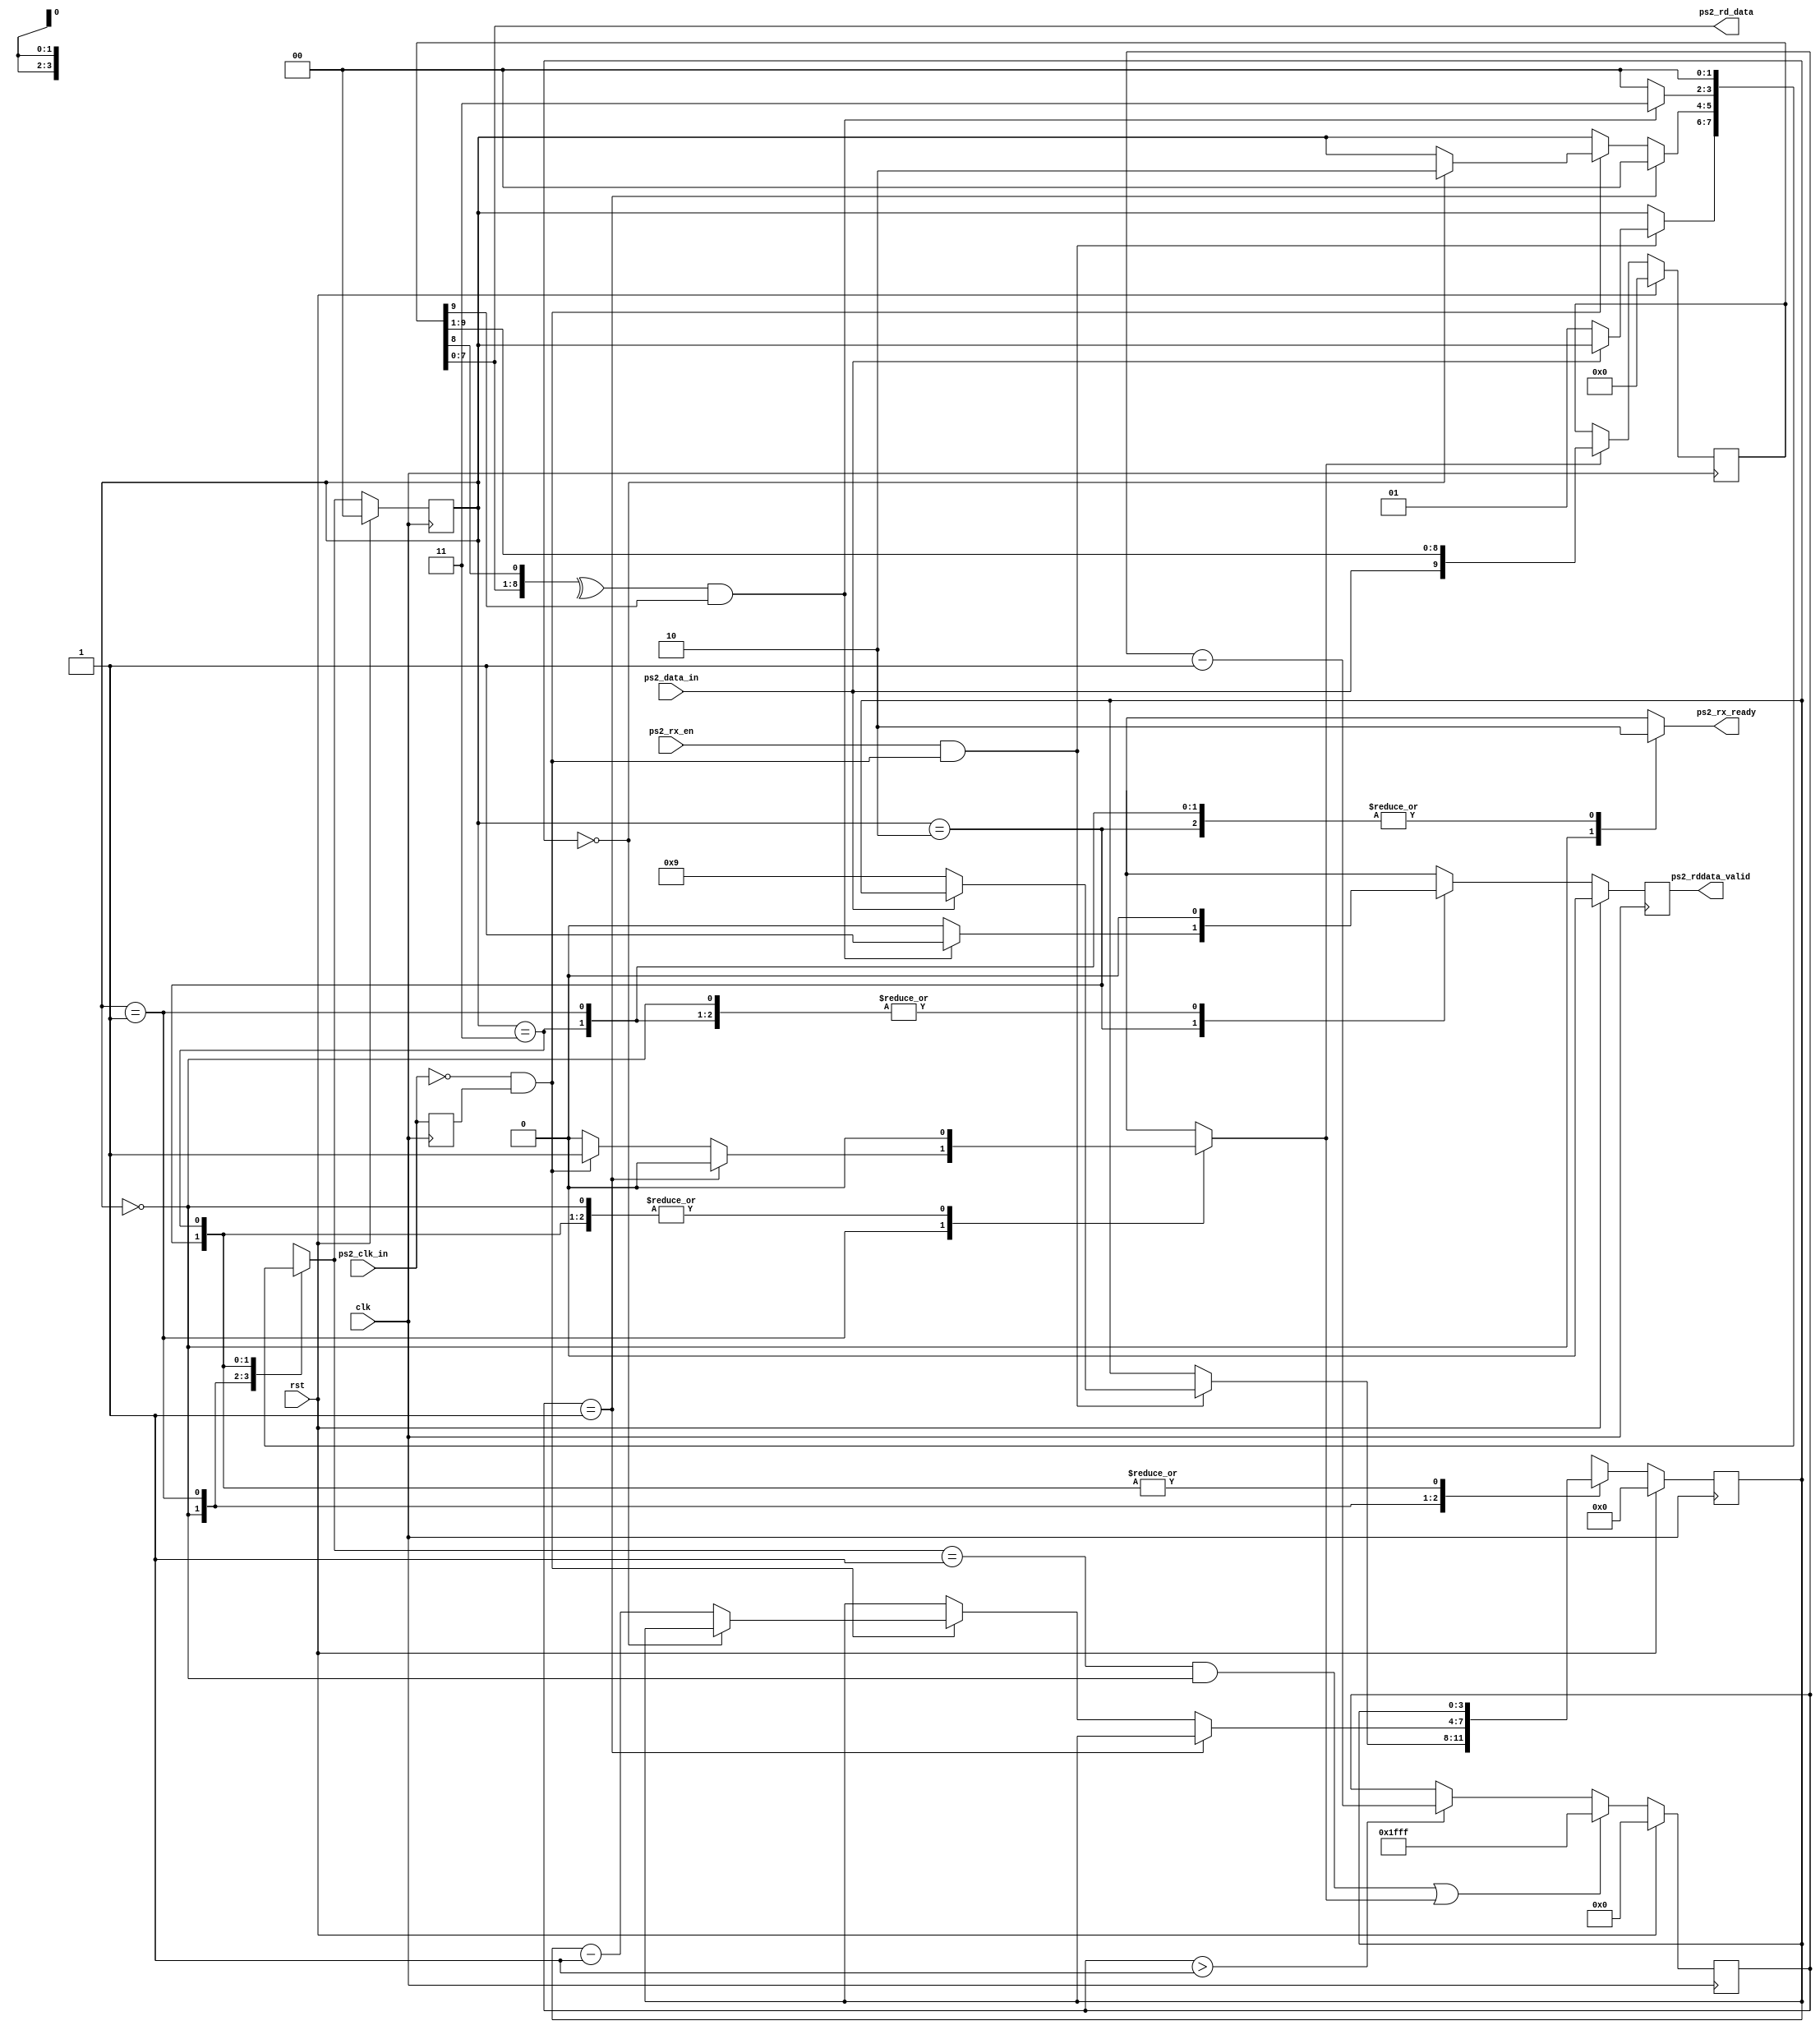
module ps2_host_rx (
   // clock and reset    
   input        clk,
   input        rst,
   // PS/2 interface 
   input        ps2_clk_in,
   input        ps2_data_in,
   // Processor interface 
   input        ps2_rx_en,
   output reg   ps2_rddata_valid,
   output [7:0] ps2_rd_data, 
   output reg   ps2_rx_ready   
);

localparam IDLE = 2'b00, 
           DATA = 2'b01,
           CHECK = 2'b10,
           DONE = 2'b11;


reg   ps2_clk_in_1d,  shift_bits_in ;
reg   [9:0] data_in ; 
reg   [3:0] shift_bits_cnt, shift_bits_cnt_nxt;
reg   [12:0]  ps2_clk_cnt ; 
reg   ps2_rd_data_err, ps2_rd_data_err_nxt, ps2_rx_done,  ps2_rx_done_nxt,  ps2_rddata_valid_nxt; 
reg   [1:0] state_r = IDLE , state_nxt;  

wire  ps2_clk_nep; 
wire  ps2_rd_data_par, ps2_rd_bit_stop ;  
wire  ps2_clk_in_expire ; 

// synthesis attribute keep of state_r is "true" 
// synthesis attribute keep of ps2_clk_nep is "true" 
// synthesis attribute keep of state_r is "true" 
// synthesis attribute keep of state_nxt is "true" 



always @( posedge clk ) begin
   ps2_clk_in_1d <= ps2_clk_in ; 
end

assign   ps2_clk_nep  = ( ~ps2_clk_in ) & ps2_clk_in_1d ;  

assign   ps2_rd_data     = data_in[7:0] ; 
assign   ps2_rd_data_par = data_in[8] ; 
assign   ps2_rd_bit_stop = data_in[9] ;  

//******************************************************** 
// Time-out counter.
//    catch the exception that clock from device losts.
//    It prevents FSM from staying in "DATA".
//    Hopefully it will handle cases of surprise mosue 
//    removal during transmission, and cases of mosue 
//    resets.
// *******************************************************   


assign ps2_clk_in_expire = (ps2_clk_cnt == 13'h0001 ); 
always @( posedge clk ) begin 
   if ( rst ) begin 
      ps2_clk_cnt <= 13'h000 ; 
   end else if ( ( (state_nxt == DATA ) && (state_r == IDLE) ) | shift_bits_in ) begin 
      ps2_clk_cnt   <=  13'h1fff; 
   end else if ( ps2_clk_cnt > 13'h001  ) begin  
      ps2_clk_cnt   <=  ps2_clk_cnt - 1'b1  ; 
   end     
end     


always @ ( posedge clk ) begin 
   if ( rst ) begin 
      data_in  <= 10'h00 ;    
   end else begin 
      if ( shift_bits_in ) begin 
         data_in <= { ps2_data_in, data_in[9:1] } ; 
      end   
   end 
end 

always @( posedge clk ) begin 
   if ( rst ) begin 
      state_r           <=   IDLE; 
      shift_bits_cnt    <=   'b0;       
      ps2_rd_data_err   <=   1'b0;     
      ps2_rx_done       <=   1'b0; 
      ps2_rddata_valid  <=   1'b0; 
   end else begin 
      state_r           <=   state_nxt; 
      shift_bits_cnt    <=   shift_bits_cnt_nxt;       
      ps2_rd_data_err   <=   ps2_rd_data_err_nxt;     
      ps2_rx_done       <=   ps2_rx_done_nxt; 
      ps2_rddata_valid  <=   ps2_rddata_valid_nxt; 
   end
end 

always @(*) begin
   state_nxt            =  state_r ; 
   shift_bits_cnt_nxt   =  shift_bits_cnt ;       
   ps2_rd_data_err_nxt  =  ps2_rd_data_err;     
   ps2_rx_done_nxt      =  1'b0; 
   ps2_rddata_valid_nxt =  1'b0; 
   shift_bits_in        =  1'b0;
   ps2_rx_ready         =  1'b0 ;   
   case ( state_r ) 
      IDLE : begin 
         ps2_rx_ready  = 1'b1 ;   
         if ( ( ps2_rx_en == 1'b1 ) && ( ps2_clk_nep == 1'b1 ) ) begin 
            if ( ~ ps2_data_in ) begin 
               state_nxt   =  DATA ;  
               shift_bits_cnt_nxt   =  9 ;  
               ps2_rd_data_err_nxt  = 1'b0;  
            end else begin 
               ps2_rd_data_err_nxt  = 1'b1;  
            end
         end
      end   
      DATA : begin
         if ( ps2_clk_in_expire ) begin 
             state_nxt   = IDLE ; 
         end else if ( ps2_clk_nep ) begin 
            shift_bits_in  =  1'b1 ; 
            if ( shift_bits_cnt == 4'h0 ) begin 
               state_nxt   =  CHECK ; 
            end else begin    
               shift_bits_cnt_nxt   =  shift_bits_cnt - 1'b1 ; 
            end
         end 
      end   
      CHECK : begin 
         ps2_rx_done_nxt       = 1'b1 ; 
         if (  ( ^{ ps2_rd_data, ps2_rd_data_par}  )  & ps2_rd_bit_stop ) begin 
             state_nxt   =  DONE ; 
             ps2_rddata_valid_nxt  =  1'b1 ; 
         end else begin      
             state_nxt   =  IDLE ; 
             ps2_rd_data_err_nxt  =  1'b1 ;          
         end 
      end 
      DONE: begin 
         state_nxt   =  IDLE ; 
      end   
   endcase  
end 


endmodule